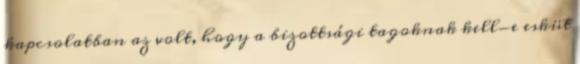
kapcsolatban az volt, hogy a bizottsági tagoknak kell-e esküt